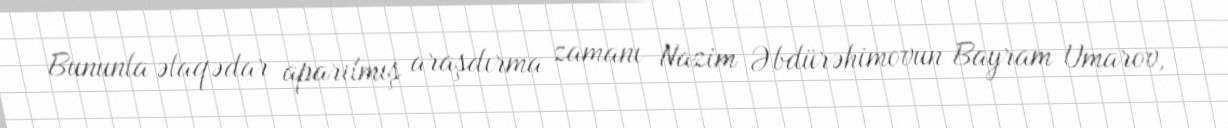
Bununla əlaqədar aparılmış araşdırma zamanı Nazim Əbdürəhimovun Bayram Umarov,